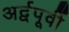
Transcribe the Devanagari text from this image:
अर्द्वपूर्वी